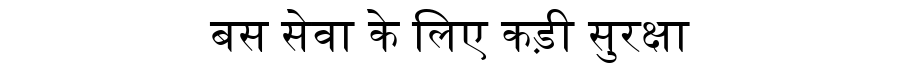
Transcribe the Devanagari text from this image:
बस सेवा के लिए कड़ी सुरक्षा